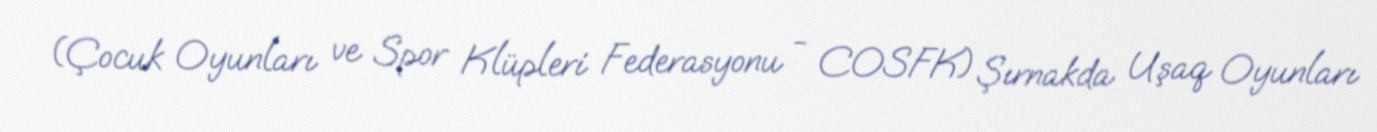
(Çocuk Oyunları ve Spor Klüpleri Federasyonu - COSFK) Şırnakda Uşaq Oyunları